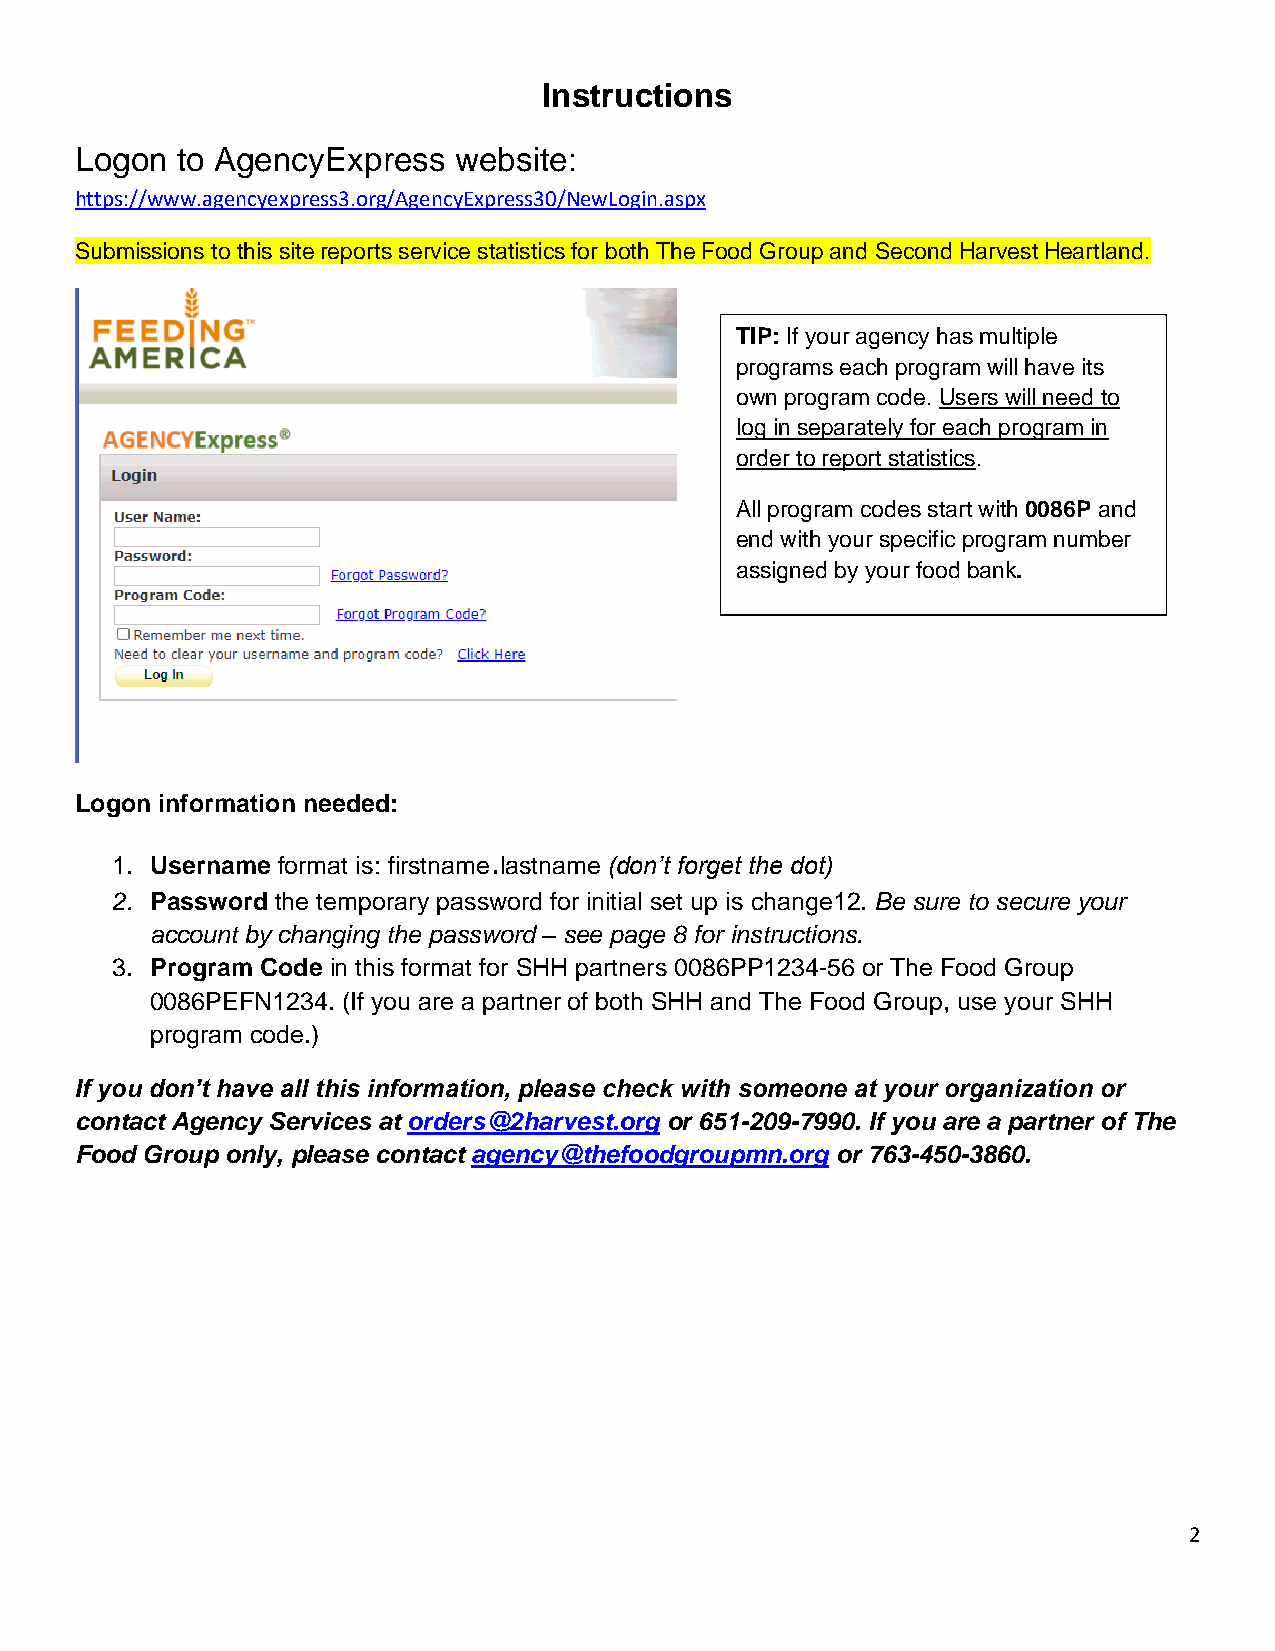
Instructions
 Logon  to AgencyExpress  website:
 https://www.agencyexpress3.org/AgencyExpress30/NewLogin.aspx
 Submissions to this site reports service statistics for both The Food Group and Second Harvest Heartland.
 TIP: If your agency has multiple
 programs each program will have its
 own program code. Users will need to
 log in separately for each program in
 order to report statistics.
 All program codes start with 0086P and
 end with your specific program number
 assigned by your food bank.
 Logon information needed:
 .
 1. Username format is: firstname lastname (don’t forget the dot)
 2. Password the temporary password for initial set up is change12. Be sure to secure your
 account by changing the password – see page 8 for instructions.
 3. Program Code in this format for SHH partners 0086PP1234-56 or The Food Group
 0086PEFN1234. (If you are a partner of both SHH and The Food Group, use your SHH
 program code.)
 If you don’t have all this information, please check with someone at your organization or
 contact Agency Services at orders@2harvest.org or 651-209-7990. If you are a partner of The
 Food Group only, please contact agency@thefoodgroupmn.org or 763-450-3860.
 2